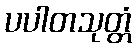
ပပါတသုတ္တံ